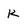
Character: K